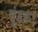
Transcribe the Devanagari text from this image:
मुंडक।